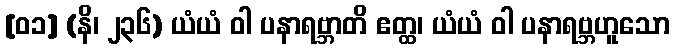
[၀၁] (နိ၊ ၂၃၆) ယံယံ ဝါ ပနာရဗ္ဘာတိ ဧတ္ထ၊ ယံယံ ဝါ ပနာရဗ္ဘဟူသော